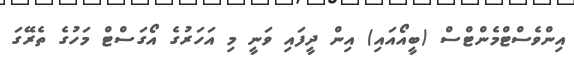
އިންވެސްޓްމެންޓްސް (ބީއޯއައި) އިން ދީފައި ވަނީ މި އަހަރުގެ އޯގަސްޓް މަހުގެ ތެރޭގަ